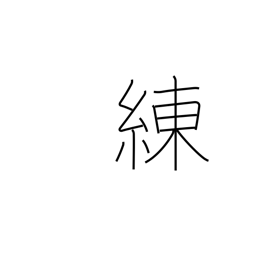
Meaning: gloss